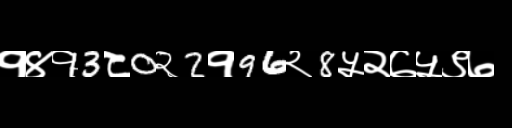
Text: १४१3८0२2१96२8५२७५९७